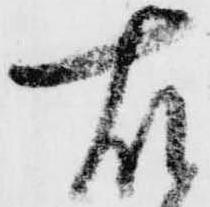
右